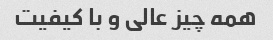
همه چیز عالی و با کیفیت